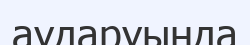
аударуында